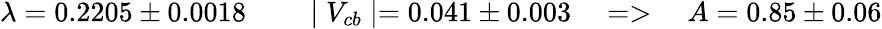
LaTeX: \lambda=0.2205\pm 0.0018\qquad\mid V_{cb}\mid=0.041\pm 0.003\quad=>\quad A=0.85\pm 0.06